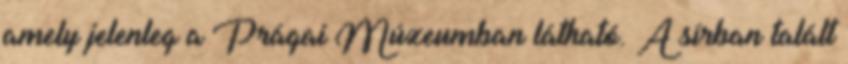
amely jelenleg a Prágai Múzeumban látható. A sírban talált